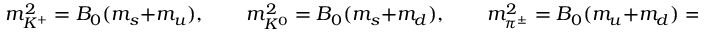
m _ { K ^ { + } } ^ { 2 } = B _ { 0 } ( m _ { s } + m _ { u } ) , \qquad m _ { K ^ { 0 } } ^ { 2 } = B _ { 0 } ( m _ { s } + m _ { d } ) , \qquad m _ { \pi ^ { \pm } } ^ { 2 } = B _ { 0 } ( m _ { u } + m _ { d } ) = 2 B _ { 0 } \hat { m } .